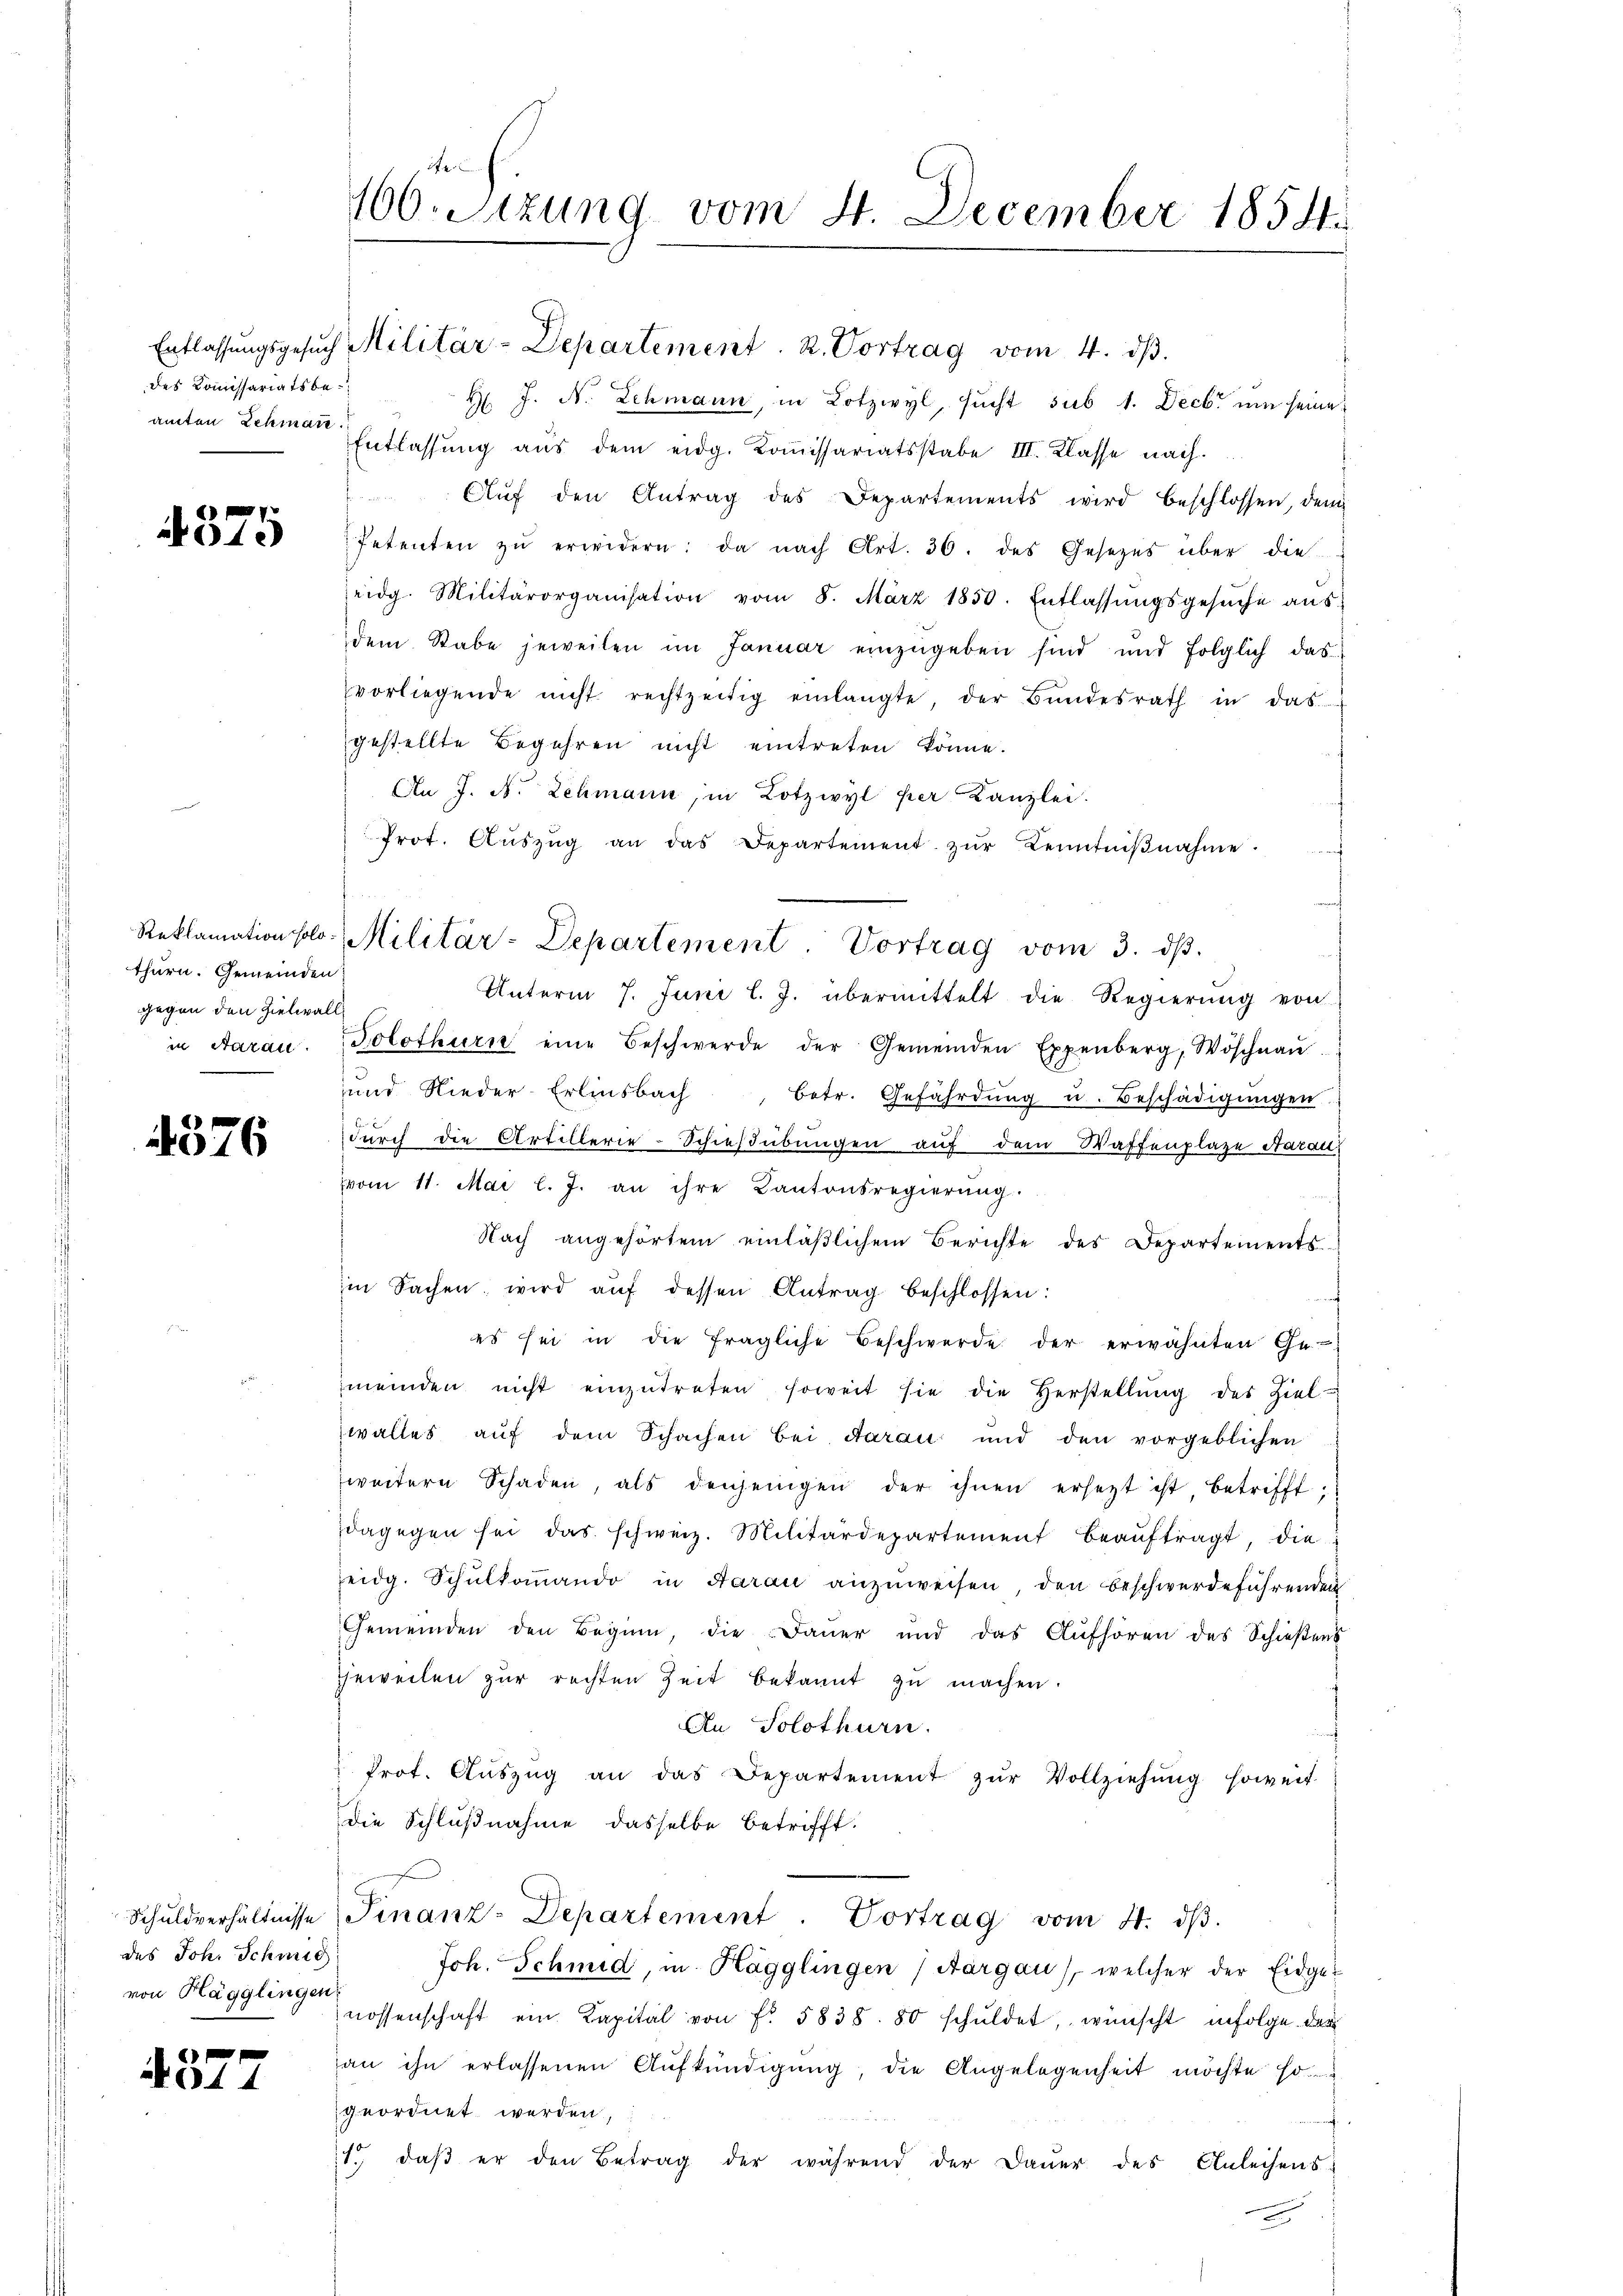
des Kommissariatsbe¬

575

thurn. Gemeinden
gegen den Zielwall

4576

Schuldverhältnisse
des Joh. Schmid
von Hägglingen

4377

ife
100. Sitzung vom 4. December 1854.

H J. N. Schmann, in Lotzwyl, sucht sub 1. Decbr um seine
amten Schmer Entlassung aus dem eidg. Kommissariatsstabe III. Klasse nach¬
Auf den Antrag des Departements wird beschlossen, den
Petenten zŭ erwidern: da nach Art. 30. des Gesetzes über die
eidg. Militärorganisation vom 8. März 1850. Entlassŭngsgesŭche aŭs
dem Stabe jeweilen im Januar einzŭgeben sind und folglich das
vorliegende nicht rechtzeitig einlangte der Bŭndesrath in das
gestellte Begehren nicht eintreten könne.
An J. N. Zehmann, in Lotzwyl per Kanzlei.
Prot. Aŭszŭg an das Departement zŭr Kenntniβnahme.
auch
Unterm 7. Juni l. J. übermittelt die Regierŭng von
in Aarau. Solothurn eine Beschwerde der Gemeinden Expenberg, Wöschnaŭ.
und Nieder-Erlinsbach
betr. Gefährdung u. Beschädigungen
durch die Artillerie-Schießübungen auf dem Waffenplaze Aarau
vom 11. Mai l. J. an ihre Kantonsregierŭng.
Nach angehörtem einläβlichem Berichte des Departements-
iin Sachen wird aŭf dessen Antrag beschlossen:
d
es sei in die fragliche Beschwerde der erwähnten Ge-
meinden nicht einzŭtreten soweit sie die Herstellŭng des Ziel-
walles aŭf dem Schachen bei darau und den vorgeblichen
weitern Schaden, als denjenigen der ihnen ersetzt ist betrifft.
dagegen sei das schweiz. Militärdepartement beaŭftragt, die
eidg. Schŭlkoṁando in Aarau anzŭweisen, den beschwerdeführenden
Gemeinden den Beginn, die Dauer und das Aufhören des Schießens
Eheweilen zur rechten Zeit bekannt zŭ machen.
An Solothurn.
Prot. Aŭszŭg an das Departement zŭr Vollziehŭng soweit
die Schlußnahme dasselbe betrifft.
Finanz-Departement. Vortrag vom 4. dβ.
Joh. Schmid, in Hägglingen (Aargau), welcher der Eidge-
nossenschaft ein Kapital von f. 5838. 80 schŭldet, wünscht infolge der
an ihn erlassenen Aufkündigŭng, die Angelegenheit möchte so
geordnet werden,
1. daβ er den Betrag der während der Daŭer des Anleihens-

Entlassŭngsgesŭch Militär-Departement. R. Vortrag vom 4. dβ.

Reklamation solo Militär-Departement. Vortrag vom 3. dβ.